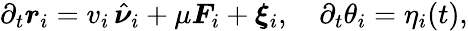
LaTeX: \partial_{t}\boldsymbol{r}_{i}=v_{i}\, \hat{\boldsymbol{\nu}}_{i}+\mu\boldsymbol{F}_{i}+\boldsymbol{\xi}_{i},\quad\partial_{t}\theta_{i}=\eta_{i}(t),